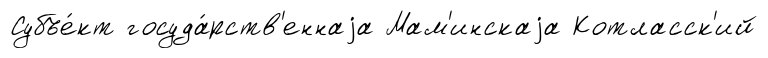
Субъе́кт госуда́рств'еннаjа Мам'инскаjа Котласск'ий